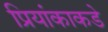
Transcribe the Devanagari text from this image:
प्रियांकाकडे